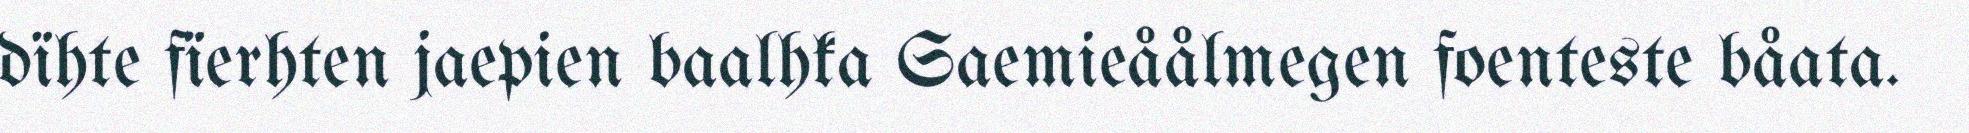
dïhte fïerhten jaepien baalhka Saemieåålmegen foenteste båata.